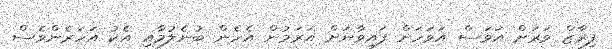
ފިރާޒް ވަރަށް އަވަސް އަވަހަށް ފައިވާނަށް އަރަމުން އެހެން ބުނެލުމާއި އެކު އަހަރެންވެސް